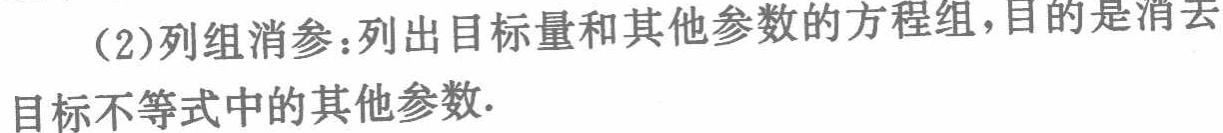
(2)列组消参：列出目标量和其他参数的方程组，目的是消去

目标不等式中的其他参数.